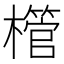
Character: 𪴌